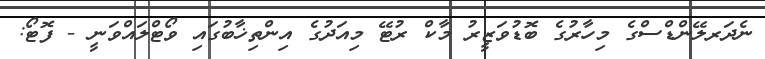
ނެދަރލޭންޑްސްގެ މިހާރުގެ ބޮޑުވަޒީރު މާކް ރުޓޭ މިއަދުގެ އިންތިޚާބުގައި ވޯޓްލައްވަނީ - ފޮޓޯ: